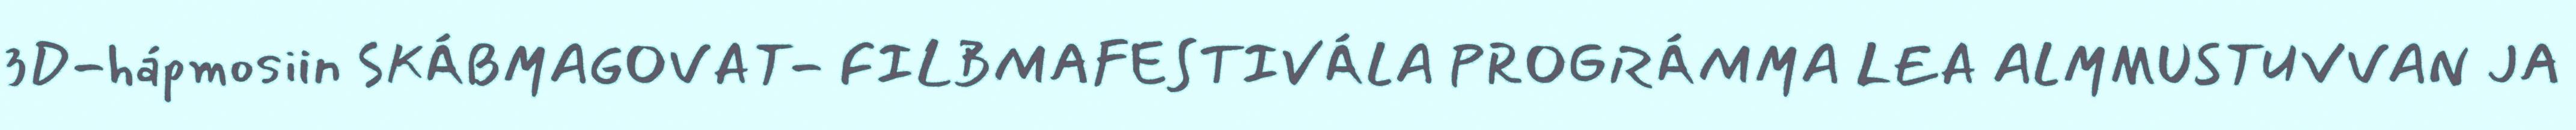
3D-hápmosiin SKÁBMAGOVAT- FILBMAFESTIVÁLA PROGRÁMMA LEA ALMMUSTUVVAN JA